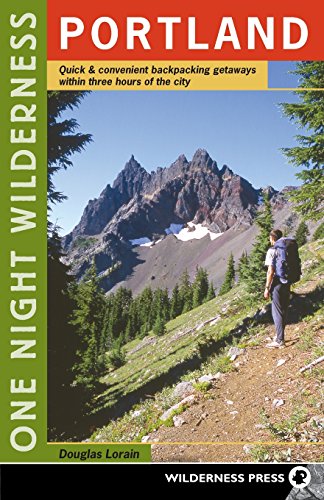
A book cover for One Night Wilderness: Portland: Quick and Convenient Backcountry Getaways within Three Hours of the City; Douglas Lorain; Travel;